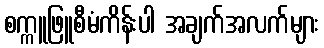
စက္ကူဖြူစီမံကိန်းပါ အချက်အလက်များ